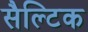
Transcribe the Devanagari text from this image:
सैल्टिक